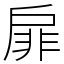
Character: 扉